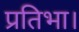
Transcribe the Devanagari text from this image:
प्रतिभा।